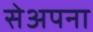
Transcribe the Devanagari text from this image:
सेअपना